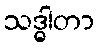
သဒ္ဓါတာ